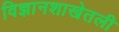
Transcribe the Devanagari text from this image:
विज्ञानशाखेतली